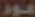
عود